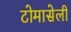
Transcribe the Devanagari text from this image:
टोमासेली